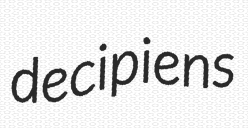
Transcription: decipiens